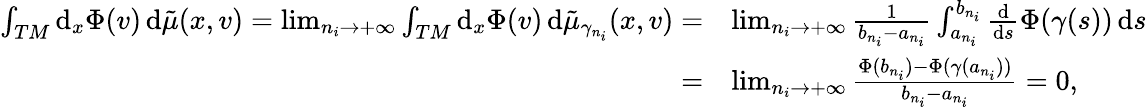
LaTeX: \begin{array}{rl}{\int_{TM}\mathrm{d}_{x}\Phi(v)\, \mathrm{d}\tilde{\mu}(x,v)=\operatorname*{lim}_{n_{i}\to+\infty}\int_{TM}\mathrm{d}_{x}\Phi(v)\, \mathrm{d}\tilde{\mu}_{\gamma_{n_{i}}}(x,v)=}&{\operatorname*{lim}_{n_{i}\to+\infty}\frac 1{b_{n_{i}}-a_{n_{i}}}\int_{a_{n_{i}}}^{b_{n_{i}}}\frac{\mathrm{d}}{\mathrm{d}s}\Phi(\gamma(s))\, \mathrm{d}s}\\ {=}&{\operatorname*{lim}_{n_{i}\to+\infty}\frac{\Phi(b_{n_{i}})-\Phi(\gamma(a_{n_{i}}))}{b_{n_{i}}-a_{n_{i}}}=0,}\end{array}